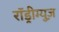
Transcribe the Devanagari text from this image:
राॅड्रीग्युज़